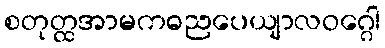
စတုတ္ထအာမကဓညပေယျာလဝဂ္ဂေါ